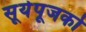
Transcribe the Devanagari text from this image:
सूर्यपूजको